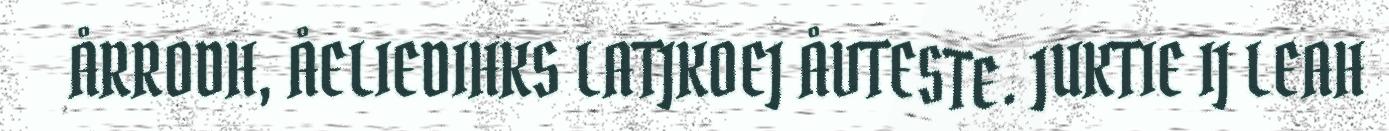
ÅRRODH, ÅELIEDIHKS LATJKOEJ ÅVTESTE. JUKTIE IJ LEAH